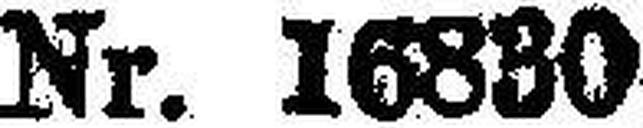
Nr. 16830